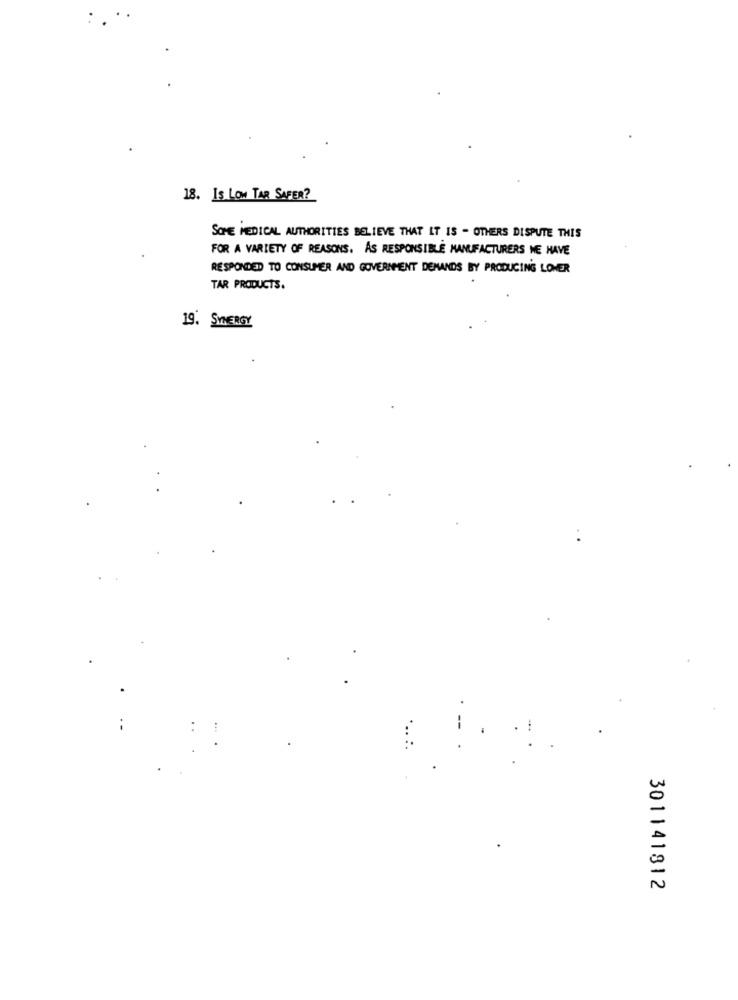
18. IS LOW TAR SAFER?
SOME MEDICAL AUTHORITIES BELIEVE THAT IT IS - OTHERS DISPUTE THIS
FOR A VARIETY OF REASONS. AS RESPONSIBLE MANUFACTURERS NE HAVE
RESPONDED TO CONSUMER AND GOVERNMENT DEMANDS BY PRODUCING LOWER
TAR PRODUCTS.
19. SMERGY
301141812